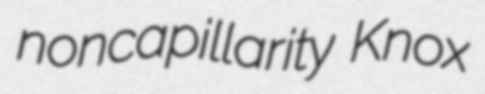
noncapillarity Knox